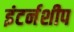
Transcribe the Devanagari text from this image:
इंटर्नशीप